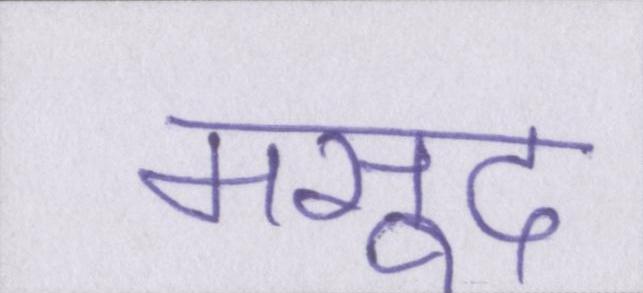
मसूद